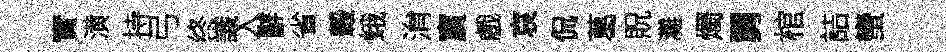
實潢持弓终識入辭省轂蛾㳙賔戲哀侃葛貺灘燭舅棺詰蠻